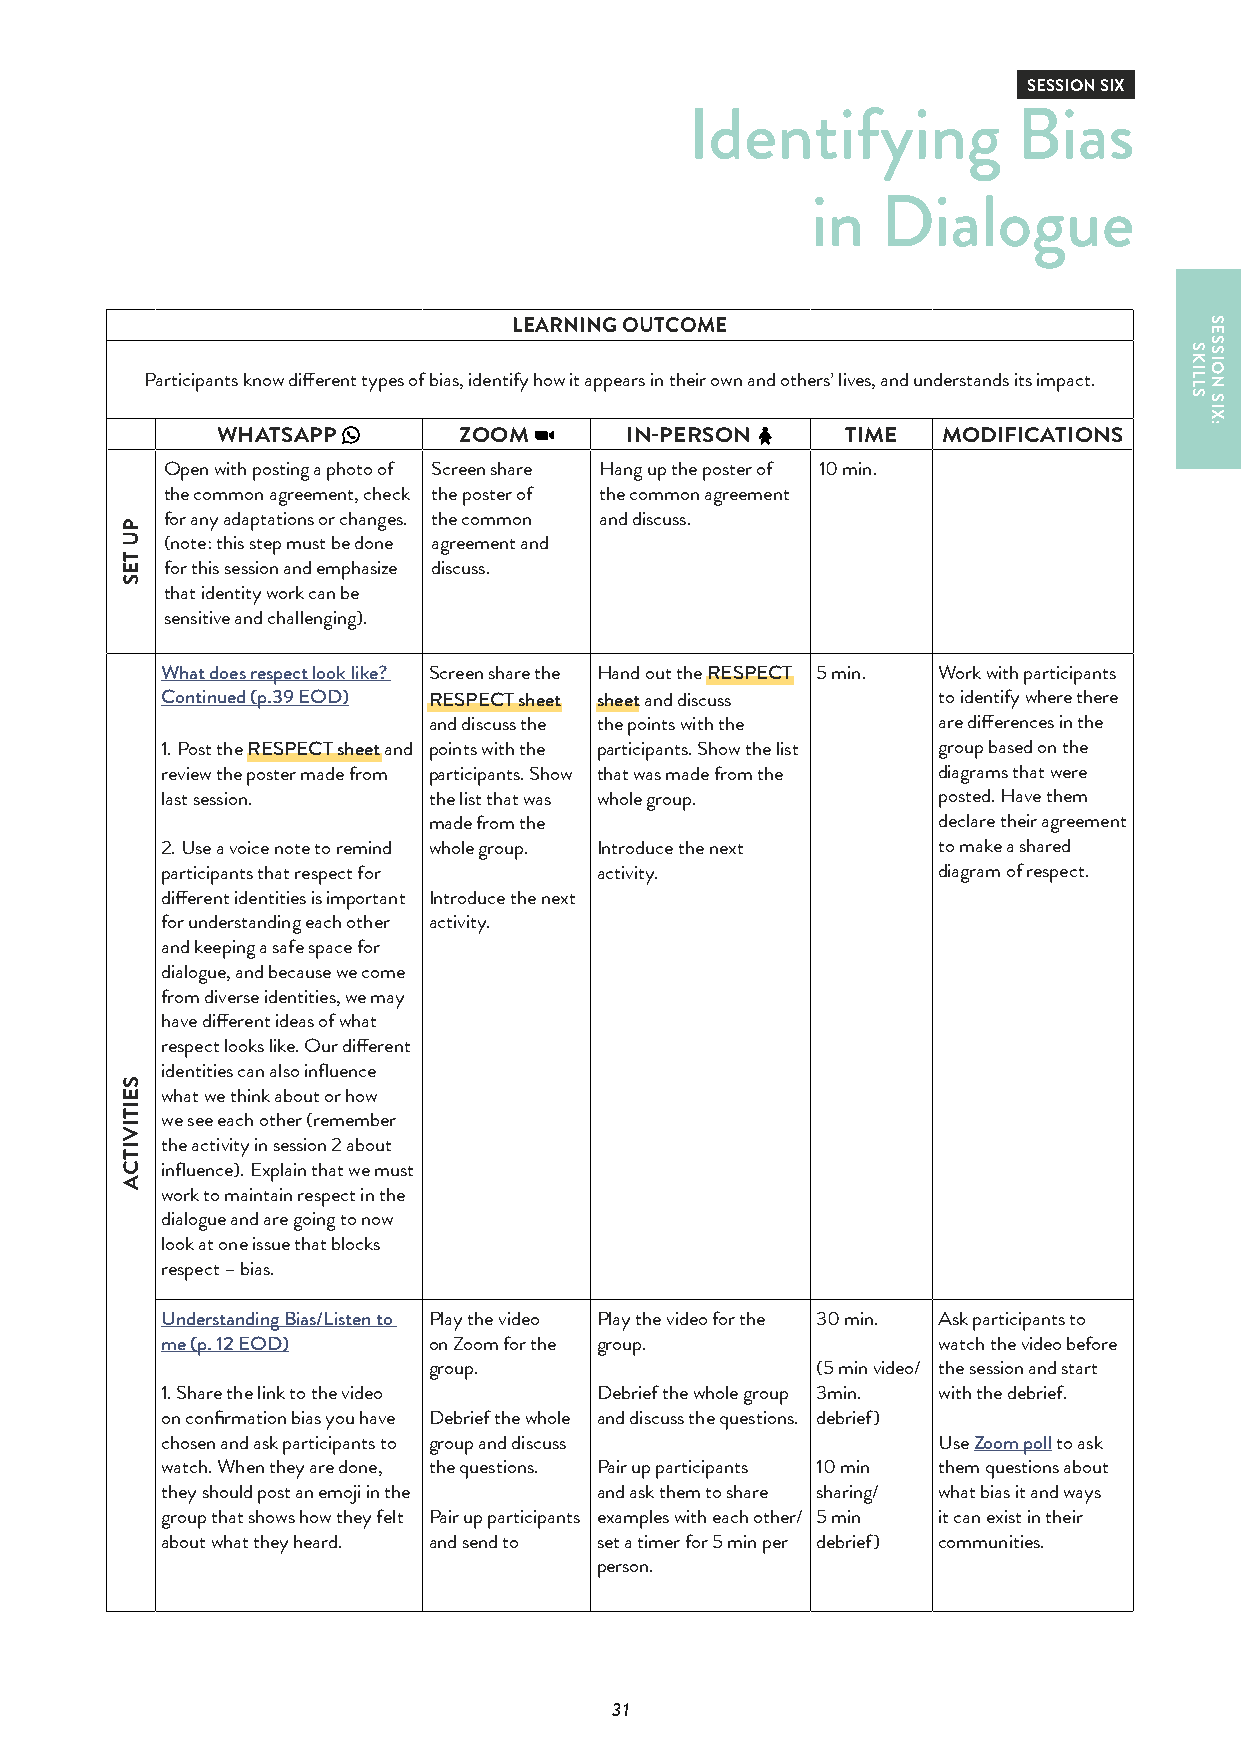
SESSION SIX
 Identifying          Bias
 in  Dialogue
 LEARNING OUTCOME
 Participants know different types of bias, identify how it appears in their own and others’ lives, and understands its impact.
 WHATSAPP        ZOOM       IN-PERSON      TIME  MODIFICATIONS
 Open with posting a photo of Screen share Hang up the poster of 10 min.
 the common agreement, check the poster of the common agreement
 for any adaptations or changes. the common and discuss.
 (note: this step must be done agreement and
 for this session and emphasize discuss.
 that identity work can be
 sensitive and challenging).
 What does respect look like? Screen share the Hand out the RESPECT 5 min. Work with participants
 Continued (p.39 EOD) RESPECT sheet sheet and discuss to identify where there
 and discuss the the points with the are differences in the
 1. Post the RESPECT sheet and points with the participants. Show the list group based on the
 review the poster made from participants. Show that was made from the diagrams that were
 last session.    the list that was whole group.    posted. Have them
 made from the                     declare their agreement
 2. Use a voice note to remind whole group. Introduce the next to make a shared
 participants that respect for activity.            diagram of respect.
 different identities is important Introduce the next
 for understanding each other activity.
 and keeping a safe space for
 dialogue, and because we come
 from diverse identities, we may
 have different ideas of what
 respect looks like. Our different
 identities can also influence
 what we think about or how
 we see each other (remember
 the activity in session 2 about
 influence). Explain that we must
 work to maintain respect in the
 dialogue and are going to now
 look at one issue that blocks
 respect – bias.
 Understanding Bias/Listen to Play the video Play the video for the 30 min. Ask participants to
 me (p. 12 EOD)   on Zoom for the group.            watch the video before
 group.                    (5 min video/ the session and start
 1. Share the link to the video Debrief the whole group 3min. with the debrief.
 on confirmation bias you have Debrief the whole and discuss the questions. debrief)
 chosen and ask participants to group and discuss   Use Zoom poll to ask
 watch. When they are done, the questions. Pair up participants 10 min them questions about
 they should post an emoji in the and ask them to share sharing/ what bias it and ways
 group that shows how they felt Pair up participants examples with each other/ 5 min it can exist in their
 about what they heard. and send to set a timer for 5 min per debrief) communities.
 person.
 31
 PU
 TES
 SEITIVITCA
 SKILLS
 SESSION
 SIX: